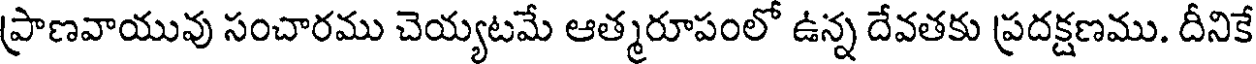
ప్రాణవాయువు సంచారము చెయ్యటమే ఆత్మరూపంలో ఉన్న దేవతకు ప్రదక్షణము. దీనికే